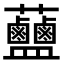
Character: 𧆗